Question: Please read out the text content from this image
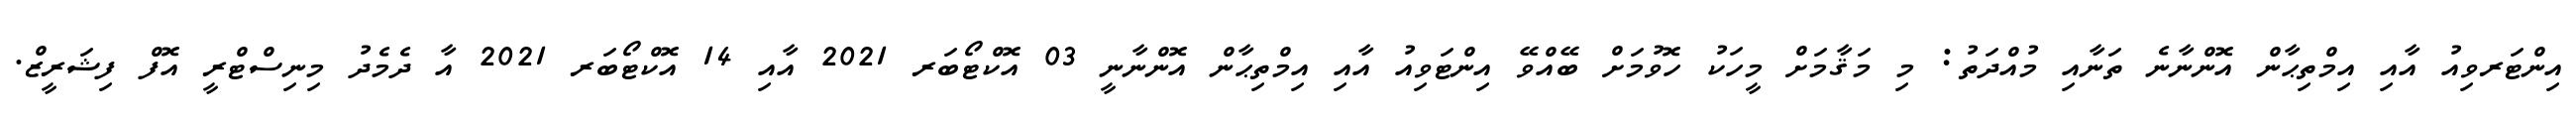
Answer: އިންޓަރވިއު އާއި އިމްތިޙާން އޮންނާނެ ތަނާއި މުއްދަތު: މި މަޤާމަށް މީހަކު ހޮވުމަށް ބޭއްވޭ އިންޓަވިއު އާއި އިމްތިޙާން އޮންނާނީ 03 އޮކްޓޯބަރ 2021 އާއި 14 އޮކްޓޯބަރ 2021 އާ ދެމެދު މިނިސްޓްރީ އޮފް ފިޝަރީޒް.